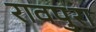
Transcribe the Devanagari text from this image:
रावपुरा